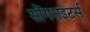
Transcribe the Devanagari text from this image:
सोंगराइटर्स